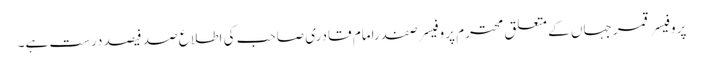
پروفیسر قمر جہاں کے متعلق محترم پروفیسر صفدرامام قادری صاحب کی اطلاع صد فیصد درست ہے۔